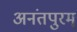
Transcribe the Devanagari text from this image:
अनंतपुरम्